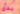
بدى